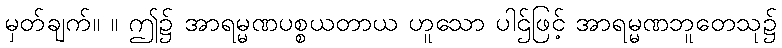
မှတ်ချက်။ ။ ဤ၌ အာရမ္မဏပစ္စယတာယ ဟူသော ပါဌ်ဖြင့် အာရမ္မဏဘူတေသု၌